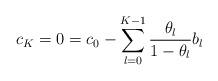
LaTeX: \begin{align*}c_K = 0 = c_0 - \sum_{l=0}^{K-1} \frac{\theta_l}{1-\theta_l}b_l\end{align*}